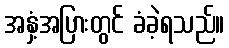
အနှံ့အပြားတွင် ခံခဲ့ရသည်။